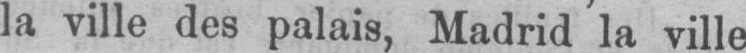
la ville des palais, Madrid la ville